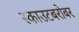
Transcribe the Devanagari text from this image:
स्काउटबरोबर